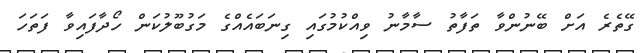
ގޭތެރެ އަށް ބޭނުންވާ ތަފާތު ސާމާނު ވިއްކުމުގައި ގިނަބައެއްގެ މަގުބޫލުކަން ހޯދާފައިވާ ފަތަހަ